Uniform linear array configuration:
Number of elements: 32
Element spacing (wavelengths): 0.25
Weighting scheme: hamming
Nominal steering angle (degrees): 15
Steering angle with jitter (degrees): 14.723
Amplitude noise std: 0.05
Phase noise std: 0.05

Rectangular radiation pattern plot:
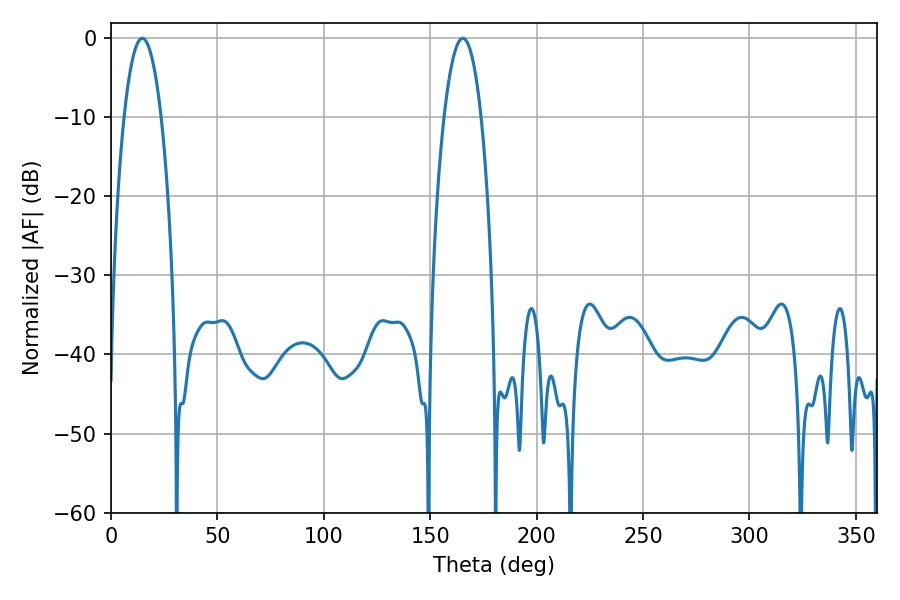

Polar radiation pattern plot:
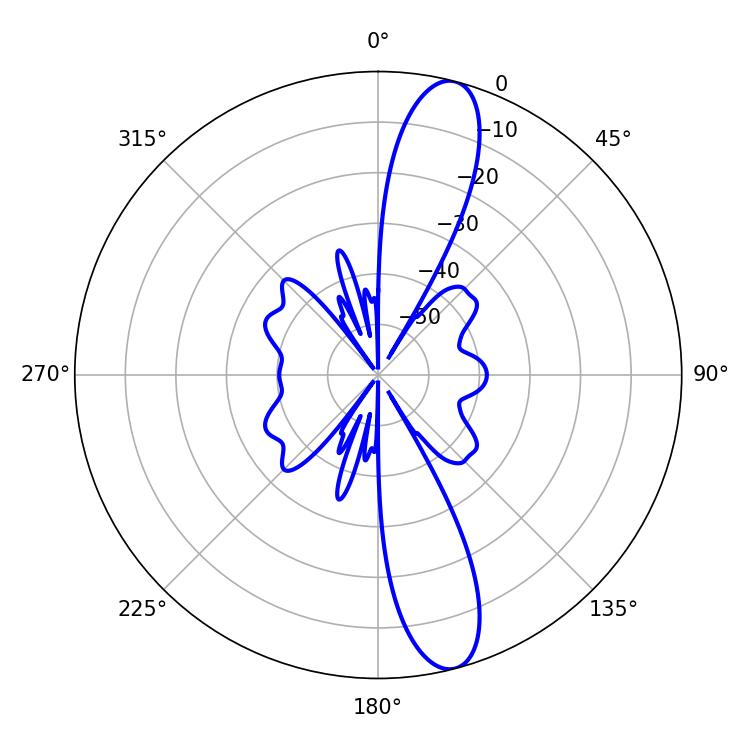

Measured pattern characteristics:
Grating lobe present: FALSE
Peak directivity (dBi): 13.391
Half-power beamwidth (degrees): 9.72
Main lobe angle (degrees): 14.76